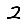
Digit: 2